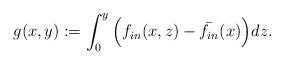
LaTeX: \begin{align*}g(x,y) := \int_0^y \Big(f_{in}(x,z) - \bar{f_{in}}(x) \Big)dz.\end{align*}